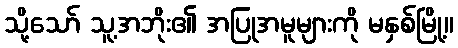
သို့သော် သူ့အဘိုး၏ အပြုအမူများကို မနှစ်မြို့။